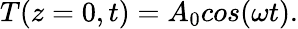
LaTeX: \begin{array}{r}{T(z=0,t)=A_{0}cos(\omega t).}\end{array}